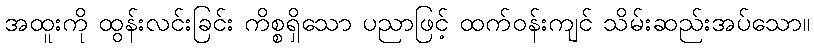
အထူးကို ထွန်းလင်းခြင်း ကိစ္စရှိသော ပညာဖြင့် ထက်ဝန်းကျင် သိမ်းဆည်းအပ်သော။